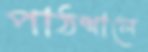
পাঠশালে